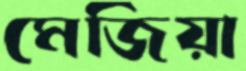
মেজিয়া